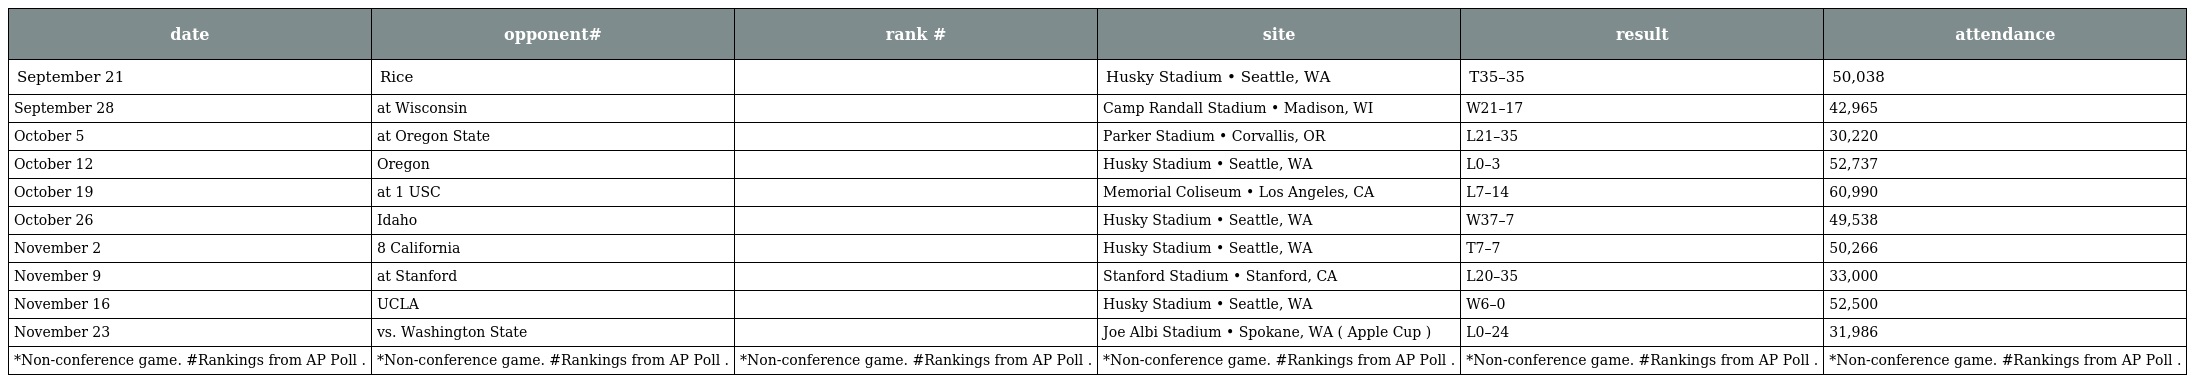
| date | opponent# | rank # | site | result | attendance |
 | --- | --- | --- | --- | --- | --- |
 | September 21 | Rice |  | Husky Stadium • Seattle, WA | T35–35 | 50,038 |
 | September 28 | at Wisconsin |  | Camp Randall Stadium • Madison, WI | W21–17 | 42,965 |
 | October 5 | at Oregon State |  | Parker Stadium • Corvallis, OR | L21–35 | 30,220 |
 | October 12 | Oregon |  | Husky Stadium • Seattle, WA | L0–3 | 52,737 |
 | October 19 | at 1 USC |  | Memorial Coliseum • Los Angeles, CA | L7–14 | 60,990 |
 | October 26 | Idaho |  | Husky Stadium • Seattle, WA | W37–7 | 49,538 |
 | November 2 | 8 California |  | Husky Stadium • Seattle, WA | T7–7 | 50,266 |
 | November 9 | at Stanford |  | Stanford Stadium • Stanford, CA | L20–35 | 33,000 |
 | November 16 | UCLA |  | Husky Stadium • Seattle, WA | W6–0 | 52,500 |
 | November 23 | vs. Washington State |  | Joe Albi Stadium • Spokane, WA ( Apple Cup ) | L0–24 | 31,986 |
 | *Non-conference game. #Rankings from AP Poll . | *Non-conference game. #Rankings from AP Poll . | *Non-conference game. #Rankings from AP Poll . | *Non-conference game. #Rankings from AP Poll . | *Non-conference game. #Rankings from AP Poll . | *Non-conference game. #Rankings from AP Poll . |